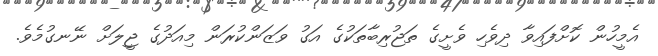
އެމީހުން ކޮށްފައިވާ ދިވެހި ވެށީގެ ތަޖުރިބާތަކުގެ އަގު ވަޒަންކުރަން މިއަދުގެ ޖީލަށް ނޭނގުމެވެ.